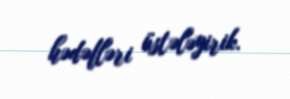
hədəfləri üstələyirik.